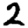
Digit: 2